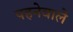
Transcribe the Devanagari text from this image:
पहनेवाले